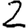
Digit: 2